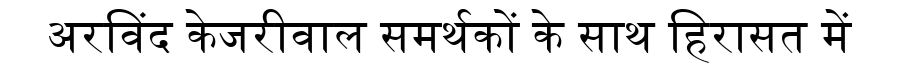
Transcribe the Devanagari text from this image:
अरविंद केजरीवाल समर्थकों के साथ हिरासत में